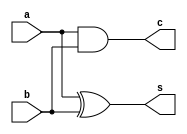
module halfadder (a,b,c,s);
input a,b;
output c,s;

and I0 (c,a,b);
xor I1 (s,a,b);

endmodule